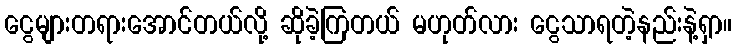
ငွေများတရားအောင်တယ်လို့ ဆိုခဲ့ကြတယ် မဟုတ်လား ငွေသာရတဲ့နည်းနဲ့ရှာ။